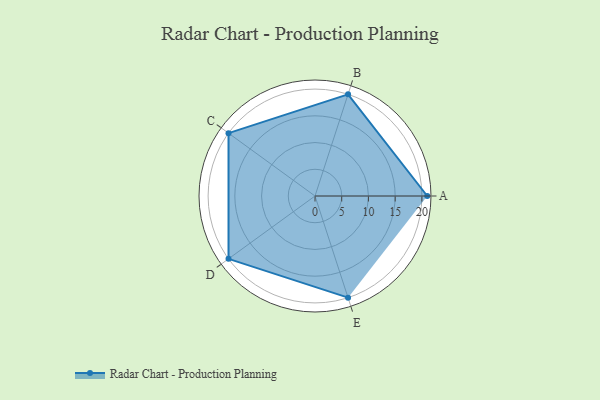
{"axis": {"x": "Skill", "y": "Score"}, "legend": ["Profile"], "data": [{"x": "A", "y": 21.0, "type": "Profile"}, {"x": "B", "y": 20, "type": "Profile"}, {"x": "C", "y": 20, "type": "Profile"}, {"x": "D", "y": 20, "type": "Profile"}, {"x": "E", "y": 20, "type": "Profile"}]}